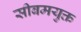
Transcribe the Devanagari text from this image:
सीबमयुक्त